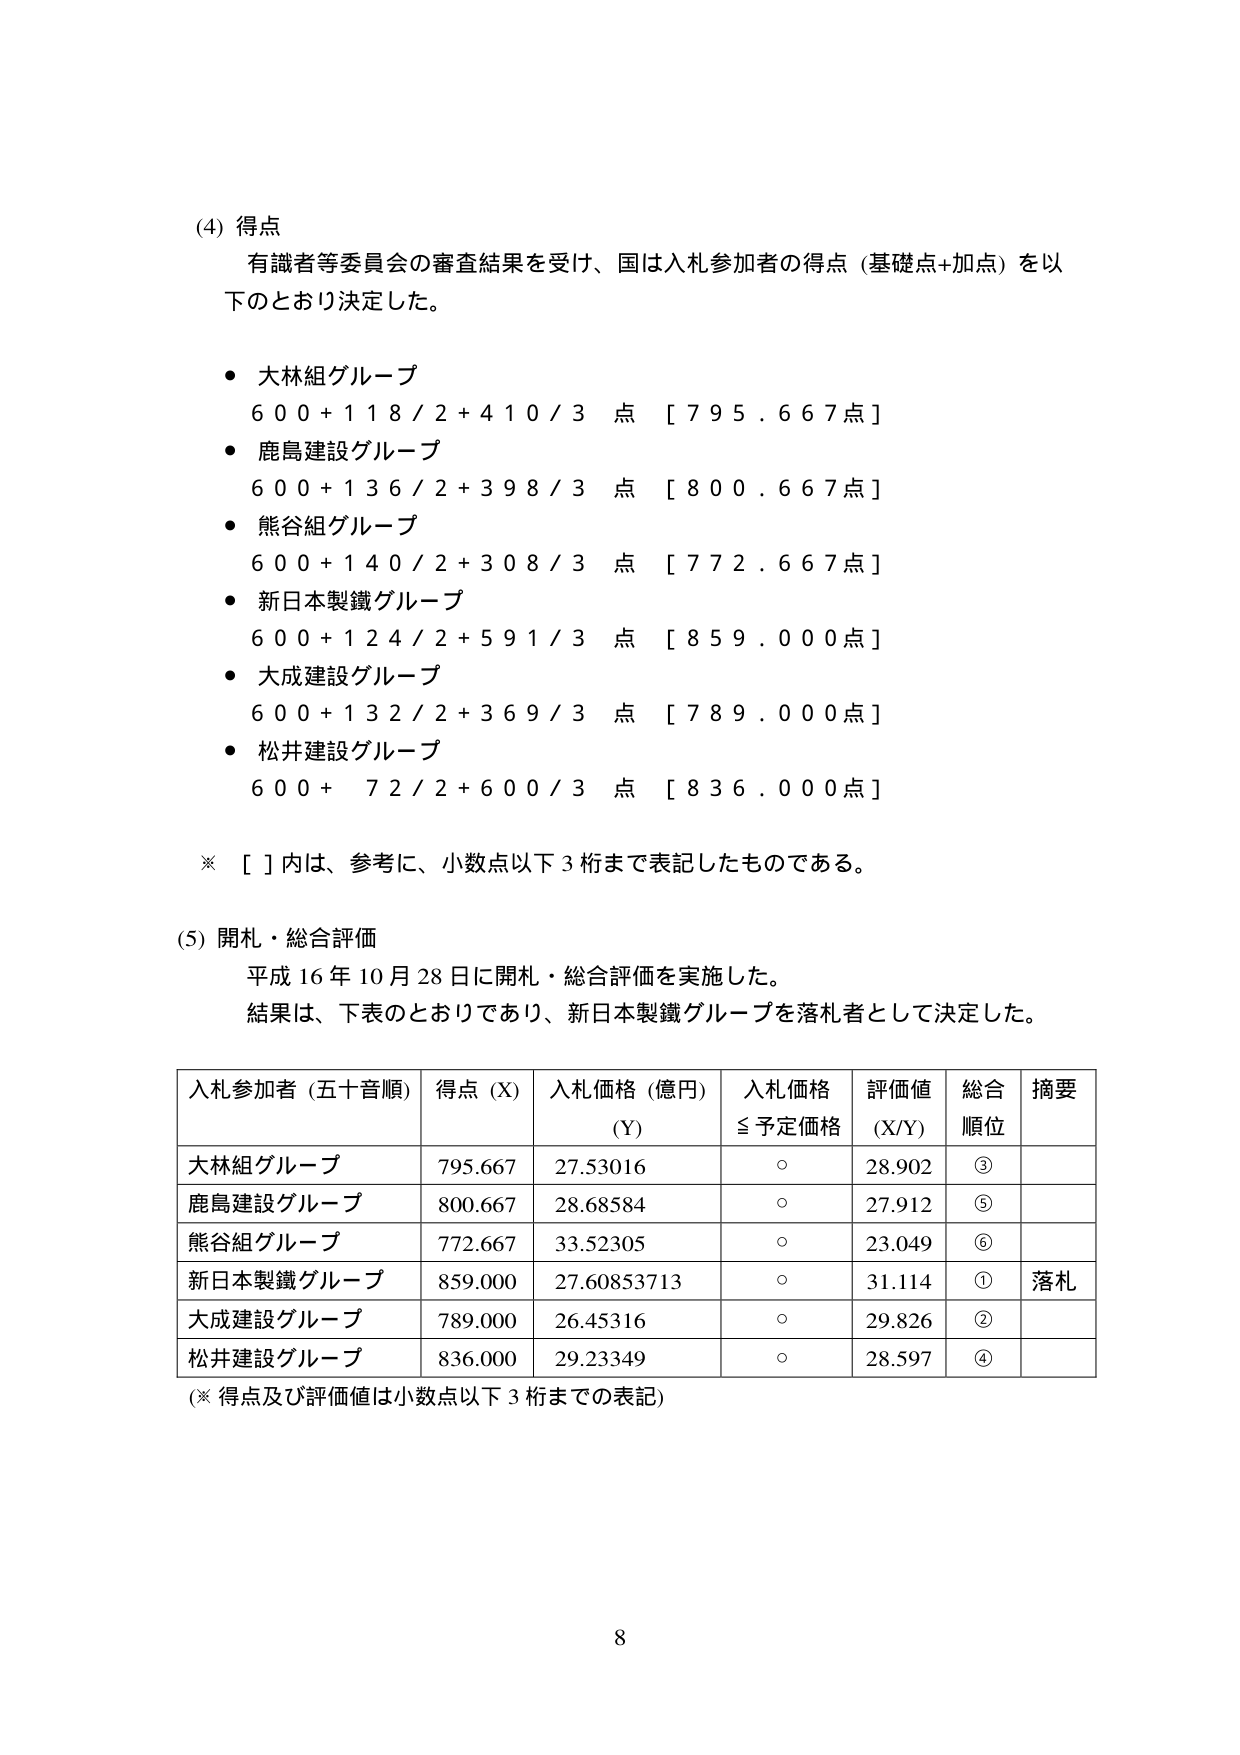
(4) 得点
有識者等委員会の審査結果を受け、国は入札参加者の得点（基礎点+加点）を以下のとおり決定した。

- 大林組グループ
  600 + 118 / 2 + 410 / 3 点 [795.667点]
- 鹿島建設グループ
  600 + 136 / 2 + 398 / 3 点 [800.667点]
- 熊谷組グループ
  600 + 140 / 2 + 308 / 3 点 [772.667点]
- 新日本製鐵グループ
  600 + 124 / 2 + 591 / 3 点 [859.000点]
- 大成建設グループ
  600 + 132 / 2 + 369 / 3 点 [789.000点]
- 松井建設グループ
  600 + 72 / 2 + 600 / 3 点 [836.000点]

※ [ ] 内は、参考に、小数点以下3桁まで表記したものである。

(5) 開札・総合評価
平成16年10月28日に開札・総合評価を実施した。
結果は、下表のとおりであり、新日本製鐵グループを落札者として決定した。

| 入札参加者（五十音順） | 得点 (X) | 入札価格（億円）(Y) | 入札価格 ≦予定価格 | 評価値 (X/Y) | 総合順位 | 摘要 |
|------------------------|----------|----------------------|---------------------|--------------|----------|------|
| 大林組グループ         | 795.667  | 27.53016             | ○                  | 28.902       | ③        |      |
| 鹿島建設グループ       | 800.667  | 28.68584             | ○                  | 27.912       | ⑤        |      |
| 熊谷組グループ         | 772.667  | 33.52305             | ○                  | 23.049       | ⑥        |      |
| 新日本製鐵グループ     | 859.000  | 27.60853713          | ○                  | 31.114       | ①        | 落札 |
| 大成建設グループ       | 789.000  | 26.45316             | ○                  | 29.826       | ②        |      |
| 松井建設グループ       | 836.000  | 29.23349             | ○                  | 28.597       | ④        |      |

（※ 得点及び評価値は小数点以下3桁までの表記）

8